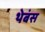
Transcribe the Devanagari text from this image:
थेबंस